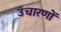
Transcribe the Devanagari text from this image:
उचारणों